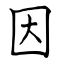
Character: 因